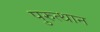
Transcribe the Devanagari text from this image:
पुरुत्थान